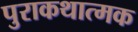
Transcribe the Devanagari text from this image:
पुराकथात्मक